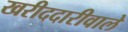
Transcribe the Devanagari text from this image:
खरीददारीवाले